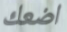
اضعك